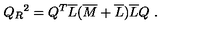
Q _ { R } { } ^ { 2 } = Q ^ { T } \overline { { L } } ( \overline { { M } } + \overline { { L } } ) \overline { { L } } Q \ .